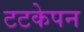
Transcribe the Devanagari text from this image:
टटकेपन